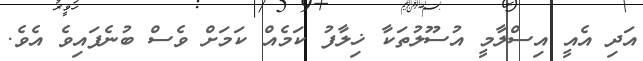
އަދި އެއީ އިސްލާމީ އުސޫލުތަކާ ޚިލާފު ކަމެއް ކަމަށް ވެސް ބުނެފައިވެ އެވެ.